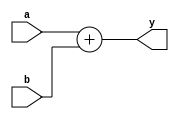
// vim: set expandtab:

module adder (
    a,
    b,
    y
);
    parameter WIDTH = 8;
    input wire [WIDTH - 1:0] a;
    input wire [WIDTH - 1:0] b;
    output wire [WIDTH - 1:0] y;
    assign y = a + b;
endmodule